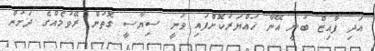
އަދި ފާއިޒް ބުނީ އޭނާ ހައްޔަރުކޮށްފައި ވަނީ ސިޔާސީ ގޮތުން ރޭވުމެއްގެ ދަށުން